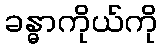
ခန္ဓာကိုယ်ကို